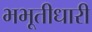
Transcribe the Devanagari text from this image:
भभूतीधारी